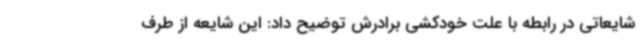
شایعاتی در رابطه با علت خودکشی برادرش توضیح داد: این شایعه از طرف